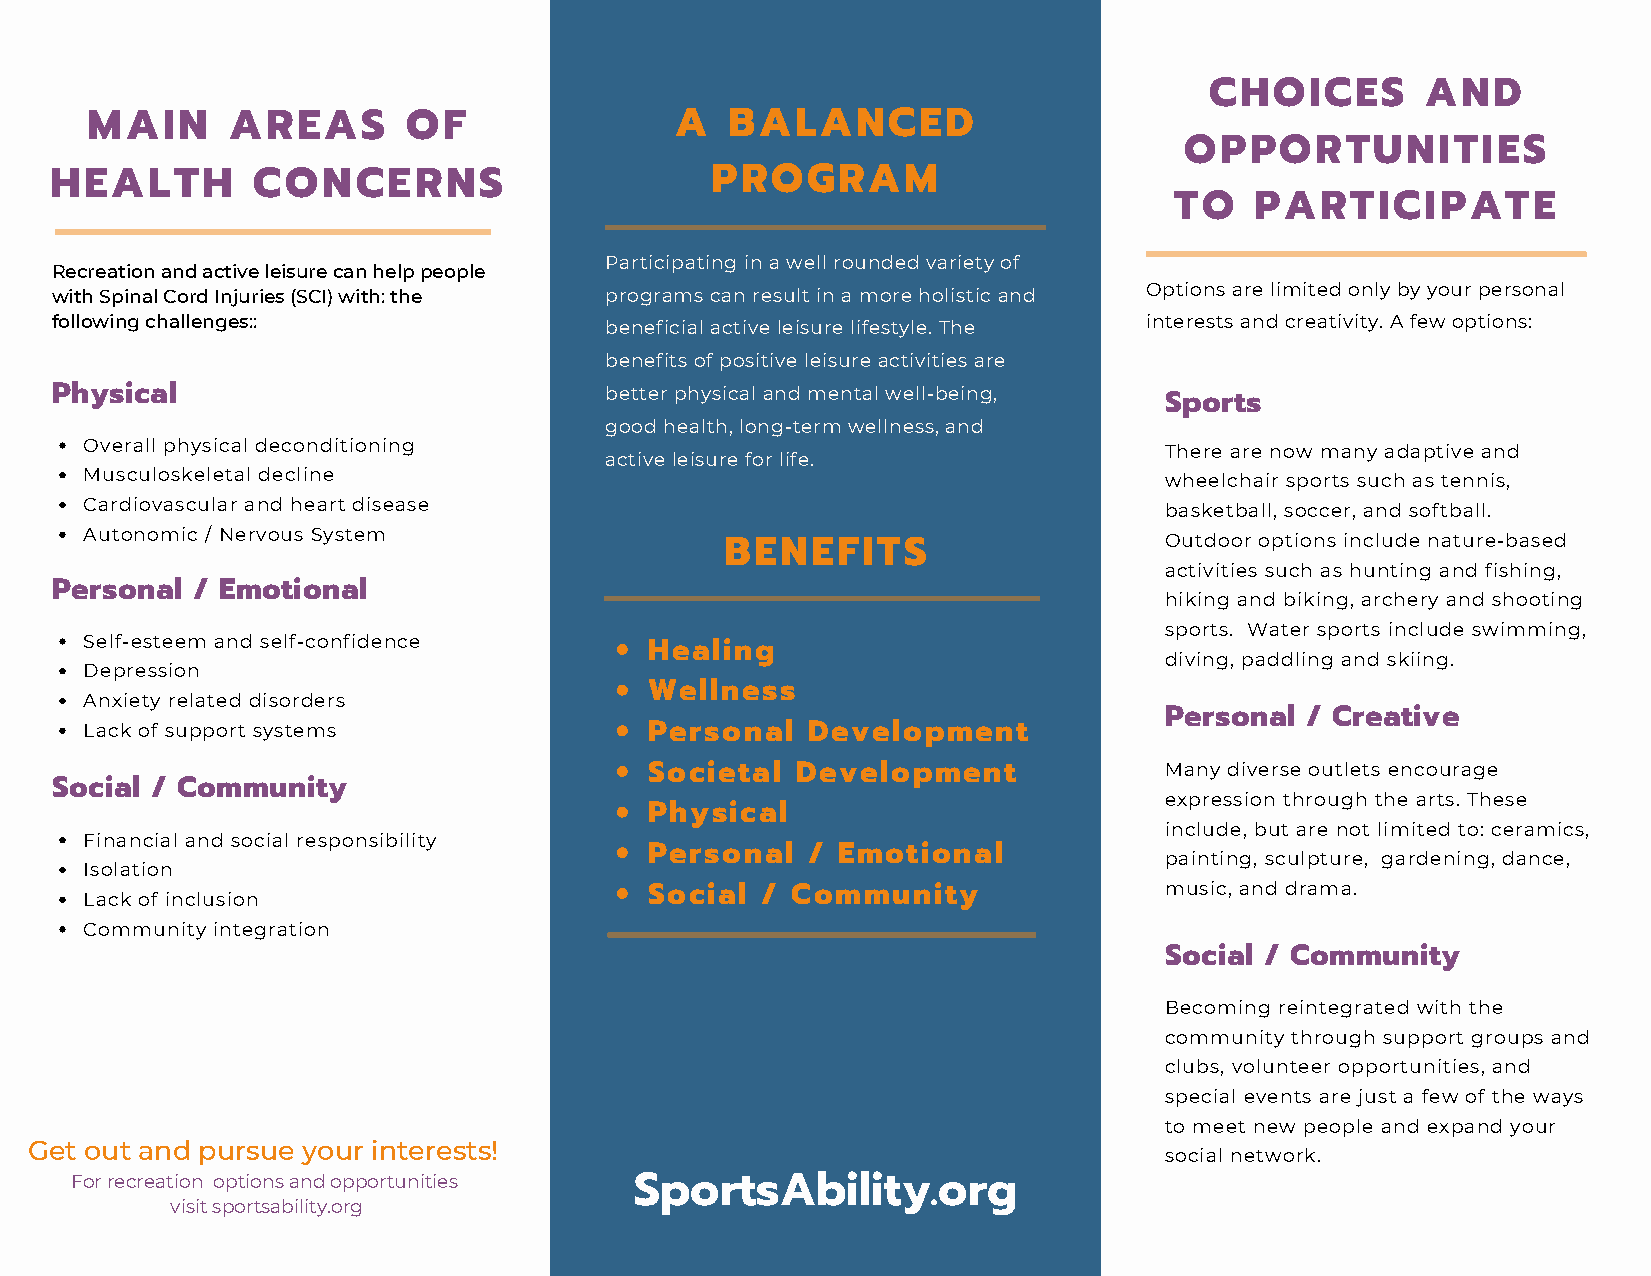
CHOICES       AND
 MAIN     AREAS       OF                A  BALANCED
 OPPORTUNITIES
 HEALTH        CONCERNS                      PROGRAM
 TO   PARTICIPATE
 Participating in a well rounded variety of
 Recreation and active leisure can help people
 with Spinal Cord Injuries (SCI) with: the programs can result in a more holistic and Options are limited only by your personal
 following challenges::               beneficial active leisure lifestyle. The interests and creativity. A few options:
 benefits of positive leisure activities are
 Physical                             better physical and mental well-being,
 Sports
 good health, long-term wellness, and
 Overall physical deconditioning                                        There are now many adaptive and
 active leisure for life.
 Musculoskeletal decline                                                wheelchair sports such as tennis,
 Cardiovascular and heart disease                                       basketball, soccer, and softball.
 Autonomic / Nervous System                                             Outdoor options include nature-based
 BENEFITS
 activities such as hunting and fishing,
 Personal  / Emotional
 hiking and biking, archery and shooting
 sports. Water sports include swimming,
 Self-esteem and self-confidence
 Healing
 diving, paddling and skiing.
 Depression
 Wellness
 Anxiety related disorders
 Personal / Creative
 Lack of support systems              Personal  Development
 Societal  Development             Many diverse outlets encourage
 Social / Community
 expression through the arts. These
 Physical
 include, but are not limited to: ceramics,
 Financial and social responsibility
 Personal  / Emotional             painting, sculpture, gardening, dance,
 Isolation
 Lack of inclusion                    Social / Community                music, and drama.
 Community integration
 Social / Community
 Becoming reintegrated with the
 community through support groups and
 clubs, volunteer opportunities, and
 special events are just a few of the ways
 to meet new people and expand your
 Get out and pursue your interests!
 social network.
 For recreation options and opportunities SportsAbility.org
 visit sportsability.org